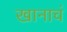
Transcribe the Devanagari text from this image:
खानाचं